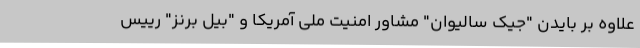
علاوه بر بایدن "جیک سالیوان" مشاور امنیت ملی آمریکا و "بیل برنز" رییس